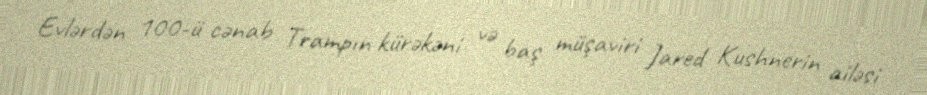
Evlərdən 100-ü cənab Trampın kürəkəni və baş müşaviri Jared Kushnerin ailəsi